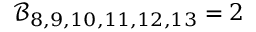
\mathcal { B } _ { 8 , 9 , 1 0 , 1 1 , 1 2 , 1 3 } = 2